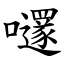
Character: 嚺